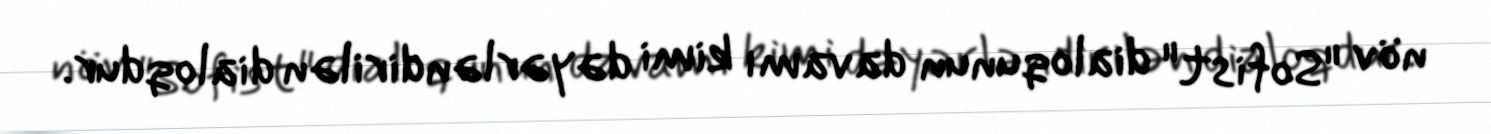
növ "Sofist" dialoqunun davamı kimi dəyərləndirilən dialoqdur.